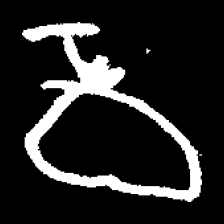
Pyu character \u2014 Myanmar letter: ဝ (romanized: wa)